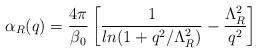
LaTeX: \begin{align*}\alpha_R(q)=\frac{4\pi}{\beta_0}\left[\frac{1}{ln(1+q^2/\Lambda^2_R)}-\frac{\Lambda^2_R}{q^2}\right]\end{align*}